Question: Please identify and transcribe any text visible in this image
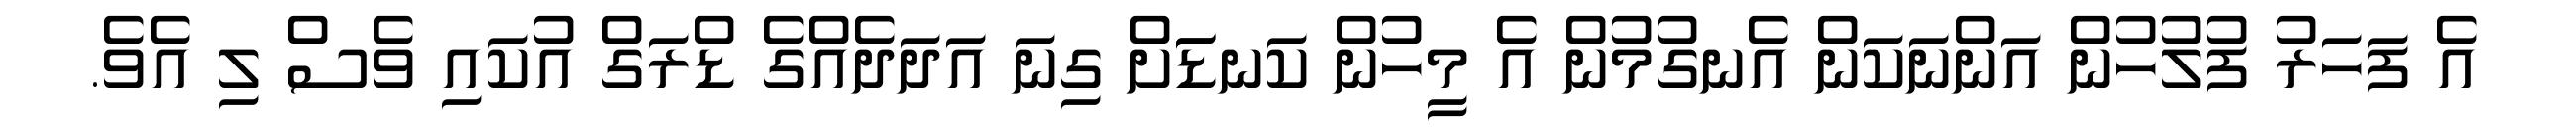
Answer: އެ ފަހަރު ފުލުހުން އަންނަކަން އެނގުމުން އެ މީހުން ކަނޑަަށް ގިނަ އަދަދެއްގެ ޑްރަގް އުކައި ވެސް ލި އެވެ.